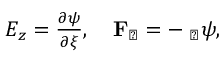
\begin{array} { r } { E _ { z } = \frac { \partial \psi } { \partial \xi } , ~ ~ ~ \mathbf { F } _ { \perp } = - \mathbf { \nabla } _ { \perp } \psi , } \end{array}